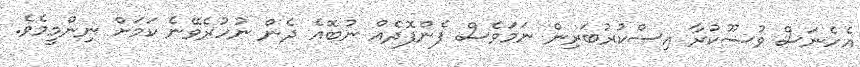
އެހެނަސް ވުޟޫކުރާ އިސްކުރުބަރިން ނަމަވެސް ފެންފޮދެއް ނުބޮއެ ދެން ނުހުރެވޭނެ ކަމަށް ނިންމީމެވެ.